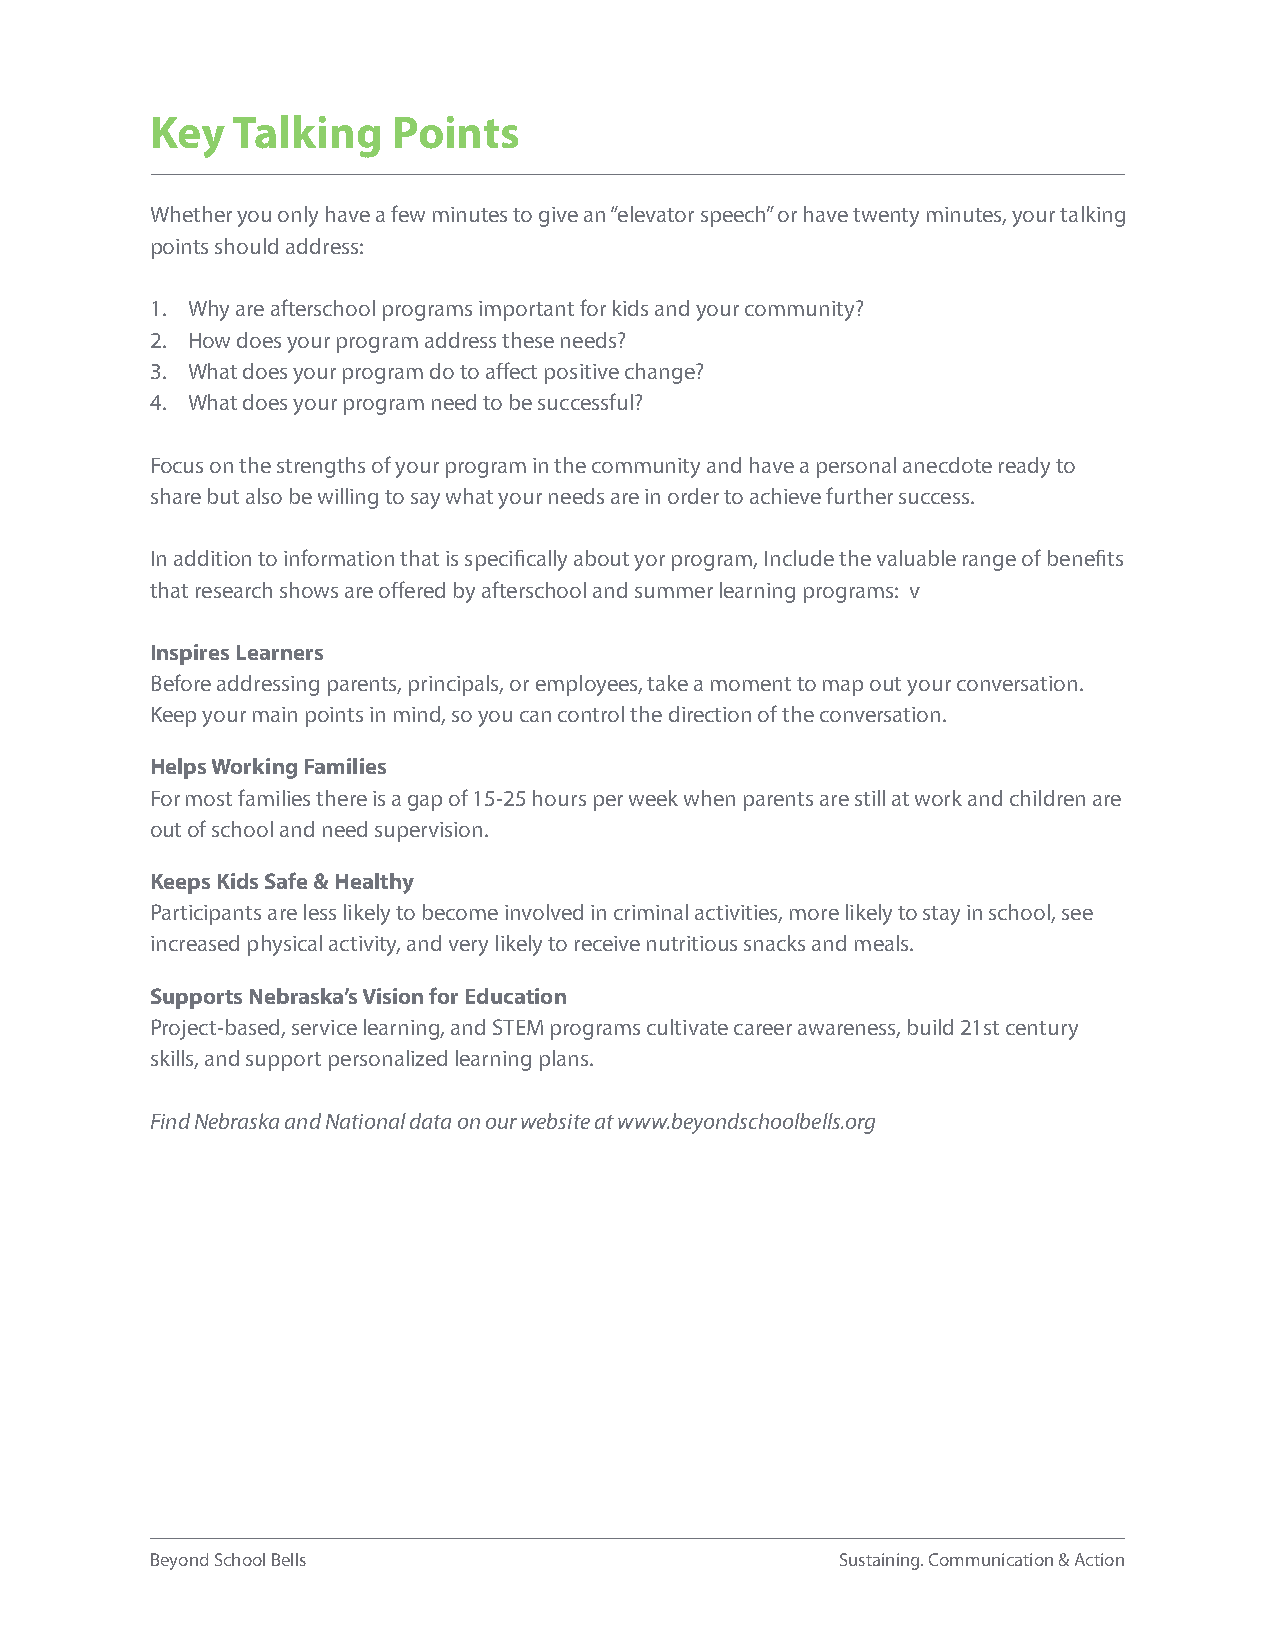
Key  Talking    Points
 Whether you only have a few minutes to give an “elevator speech” or have twenty minutes, your talking
 points should address:
 1. Why are afterschool programs important for kids and your community?
 2. How does your program address these needs?
 3. What does your program do to affect positive change?
 4. What does your program need to be successful?
 Focus on the strengths of your program in the community and have a personal anecdote ready to
 share but also be willing to say what your needs are in order to achieve further success.
 In addition to information that is specifically about yor program, Include the valuable range of benefits
 that research shows are offered by afterschool and summer learning programs: v
 Inspires Learners
 Before addressing parents, principals, or employees, take a moment to map out your conversation.
 Keep your main points in mind, so you can control the direction of the conversation.
 Helps Working Families
 For most families there is a gap of 15-25 hours per week when parents are still at work and children are
 out of school and need supervision.
 Keeps Kids Safe & Healthy
 Participants are less likely to become involved in criminal activities, more likely to stay in school, see
 increased physical activity, and very likely to receive nutritious snacks and meals.
 Supports Nebraska’s Vision for Education
 Project-based, service learning, and STEM programs cultivate career awareness, build 21st century
 skills, and support personalized learning plans.
 Find Nebraska and National data on our website at www.beyondschoolbells.org
 Beyond School Bells                           Sustaining. Communication & Action